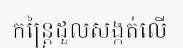
កន្ត្រៃដួលសង្កត់លើ